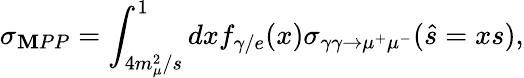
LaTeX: \sigma_{\mathbf{M}PP}=\int_{4m_{\mu}^{2}/s}^{1}dxf_{\gamma/e}(x)\sigma_{\gamma\gamma\to\mu^{+}\mu^{-}}(\hat{{s}}=xs),